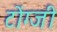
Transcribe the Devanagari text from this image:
टोंग्जी